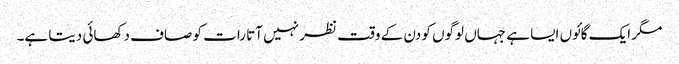
مگر ایک گائوں ایسا ہے جہاں لوگوں کو دن کے وقت نظر نہیں آتا رات کو صاف دکھائی دیتا ہے۔